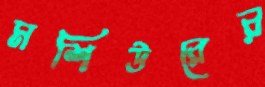
মশিউরের